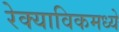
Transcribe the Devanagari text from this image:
रेक्याविकमध्ये